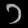
Digit: ၁